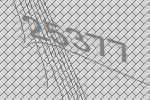
25377